Suggestions for procedure with regard to school attendance under the Education (Scotland) Act, 1936, sections 1 to 3 and 5, 1936
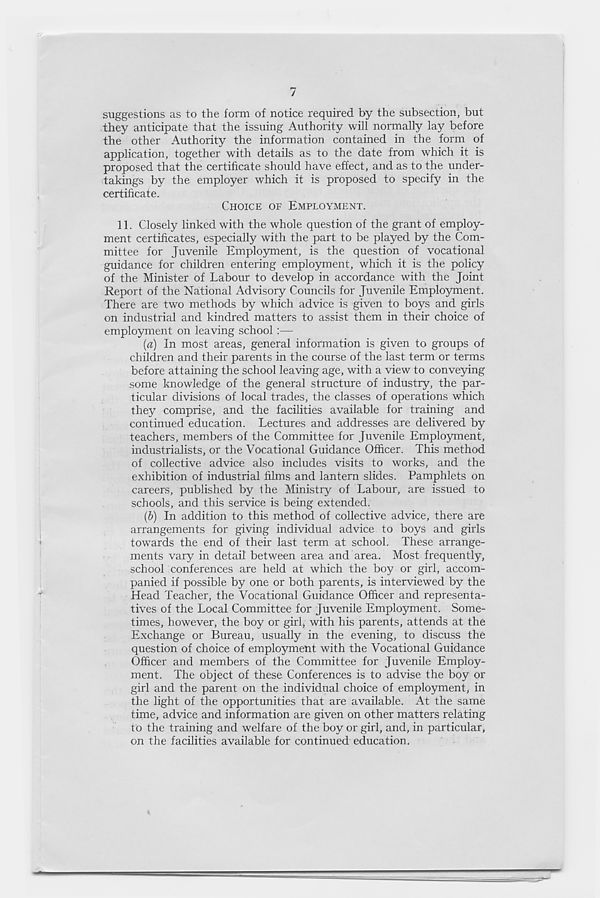
7
suggestions as to the form of notice required by the subsection, but
they anticipate that the issuing Authority will normally lay before
the other Authority the information contained in the form of
application, together with details as to the date from which it is
proposed that the certificate should have effect, and as to the under-
takings by the employer which it is proposed to specify in the
certificate.
CHOICE OF EMPLOYMENT.
11. Closely linked with the whole question of the grant of employ-
ment certificates, especially with the part to be played by the Com-
mittee for Juvenile Employment, is the question of vocational
guidance for children entering employment, which it is the policy
of the Minister of Labour to develop in accordance with the Joint
Report of the National Advisory Councils for Juvenile Employment.
There are two methods by which advice is given to boys and girls
on industrial and kindred matters to assist them in their choice of
employment on leaving school:—
(a) In most areas, general information is given to groups of
children and their parents in the course of the last term or terms
before attaining the school leaving age, with a view to conveying
some knowledge of the general structure of industry, the par-
ticular divisions of local trades, the classes of operations which
they comprise, and the facilities available for training and
continued education. Lectures and addresses are delivered by
teachers, members of the Committee for Juvenile Employment,
industrialists, or the Vocational Guidance Officer. This method
of collective advice also includes visits to works, and the
exhibition of industrial films and lantern slides. Pamphlets on
careers, published by the Ministry of Labour, are issued to
schools, and this service is being extended.
(b) In addition to this method of collective advice, there are
arrangements for giving individual advice to boys and girls
towards the end of their last term at school. These arrange-
ments vary in detail between area and area. Most frequently,
school conferences are held at which the boy or girl, accom-
panied if possible by one or both parents, is interviewed by the
Head Teacher, the Vocational Guidance Officer and representa-
tives of the Local Committee for Juvenile Employment. Some-
times, however, the boy or girl* with his parents, attends at the
Exchange or Bureau, usually in the evening, to discuss the
question of choice of employment with the Vocational Guidance
Officer and members of the Committee for Juvenile Employ-
ment. The object of these Conferences is to advise the boy or
girl and the parent on the individual choice of employment, in
the light of the opportunities that are available. At the same
time, advice and information are given on other matters relating
to the training and welfare of the boy or girl, and, in particular,
on the facilities available for continued education.